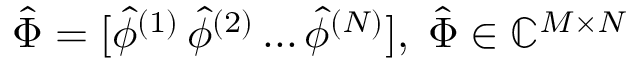
\hat { \Phi } = [ \hat { \phi } ^ { ( 1 ) } \, \hat { \phi } ^ { ( 2 ) } \, . . . \, \hat { \phi } ^ { ( N ) } ] , \; \hat { \Phi } \in \mathbb { C } ^ { M \times N }